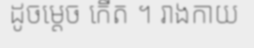
ដូចម្តេច កើត ។ រាងកាយ